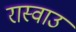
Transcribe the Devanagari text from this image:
रास्वाउ